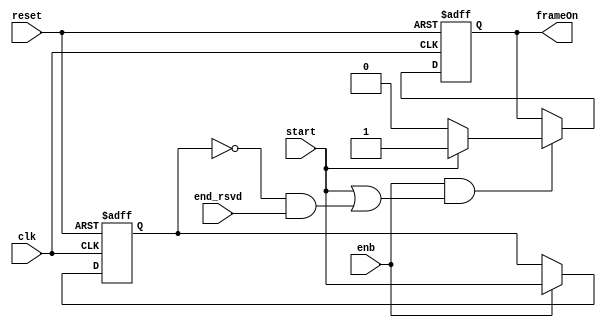
// -------------------------------------------------------------
// 
// 
// Generated by MATLAB 9.13 and HDL Coder 4.0
// 
// -------------------------------------------------------------


// -------------------------------------------------------------
// 
// Module: whdlOFDMTx_Generate_Current_Frame_Status
// Source Path: whdlOFDMTx/Frame Generator/Data/Data Chain/Symbol Interleaver/Interleaver/Write Logic/Handle Input 
// Control Signals/Generate Current Frame Statu
// Hierarchy Level: 10
// 
// -------------------------------------------------------------

`timescale 1 ns / 1 ns

module whdlOFDMTx_Generate_Current_Frame_Status
          (clk,
           reset,
           enb,
           start,
           end_rsvd,
           frameOn);


  input   clk;
  input   reset;
  input   enb;
  input   start;
  input   end_rsvd;
  output  frameOn;


  reg  Delay3_out1;
  wire Logical_Operator7_out1;
  wire Logical_Operator6_out1;
  wire Logical_Operator4_out1;
  wire Constant3_out1;
  wire Constant2_out1;
  wire Switch2_out1;
  reg  Unit_Delay_Enabled_Synchronous1_out1;


  always @(posedge clk or posedge reset)
    begin : Delay3_process
      if (reset == 1'b1) begin
        Delay3_out1 <= 1'b0;
      end
      else begin
        if (enb) begin
          Delay3_out1 <= start;
        end
      end
    end



  assign Logical_Operator7_out1 =  ~ Delay3_out1;



  assign Logical_Operator6_out1 = Logical_Operator7_out1 & end_rsvd;



  assign Logical_Operator4_out1 = start | Logical_Operator6_out1;



  assign Constant3_out1 = 1'b0;



  assign Constant2_out1 = 1'b1;



  assign Switch2_out1 = (start == 1'b0 ? Constant3_out1 :
              Constant2_out1);



  always @(posedge clk or posedge reset)
    begin : Unit_Delay_Enabled_Synchronous1_process
      if (reset == 1'b1) begin
        Unit_Delay_Enabled_Synchronous1_out1 <= 1'b0;
      end
      else begin
        if (enb && Logical_Operator4_out1) begin
          Unit_Delay_Enabled_Synchronous1_out1 <= Switch2_out1;
        end
      end
    end



  assign frameOn = Unit_Delay_Enabled_Synchronous1_out1;

endmodule  // whdlOFDMTx_Generate_Current_Frame_Status